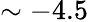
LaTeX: \sim-4.5